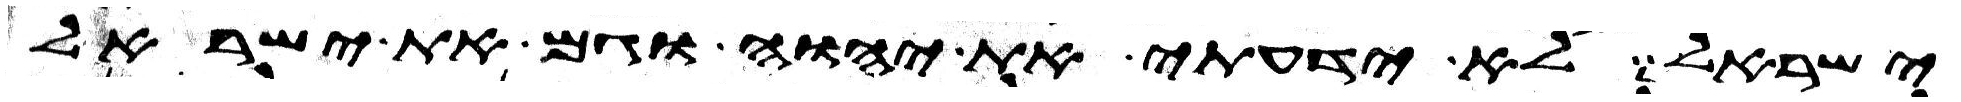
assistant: ישראל לא ידעתי את יהוה וגם את ישראל